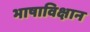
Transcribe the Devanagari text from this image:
भाषाविक्षान